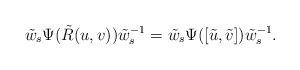
\begin{align*} \tilde{w}_s \Psi(\tilde{R}(u,v))\tilde{w}_s^{-1}=\tilde{w}_s \Psi([\tilde{u},\tilde{v}])\tilde{w}_s^{-1}.\end{align*}